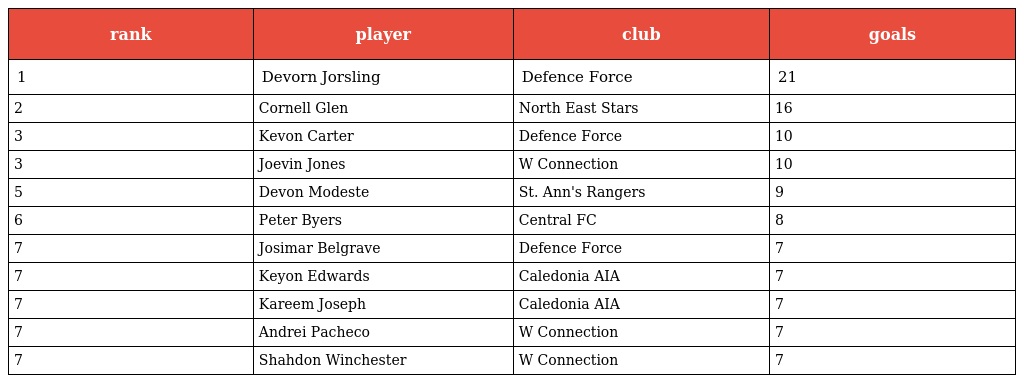
| rank | player | club | goals |
 | --- | --- | --- | --- |
 | 1 | Devorn Jorsling | Defence Force | 21 |
 | 2 | Cornell Glen | North East Stars | 16 |
 | 3 | Kevon Carter | Defence Force | 10 |
 | 3 | Joevin Jones | W Connection | 10 |
 | 5 | Devon Modeste | St. Ann's Rangers | 9 |
 | 6 | Peter Byers | Central FC | 8 |
 | 7 | Josimar Belgrave | Defence Force | 7 |
 | 7 | Keyon Edwards | Caledonia AIA | 7 |
 | 7 | Kareem Joseph | Caledonia AIA | 7 |
 | 7 | Andrei Pacheco | W Connection | 7 |
 | 7 | Shahdon Winchester | W Connection | 7 |